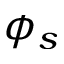
\phi _ { s }